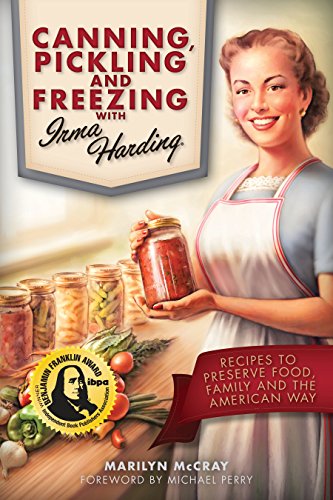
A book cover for Canning, Pickling, and Freezing with Irma Harding: Recipes to Preserve Food, Family and the American Way; Marilyn McCray; Cookbooks, Food & Wine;